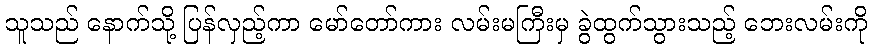
သူသည် နောက်သို့ ပြန်လှည့်ကာ မော်တော်ကား လမ်းမကြီးမှ ခွဲထွက်သွားသည့် ဘေးလမ်းကို